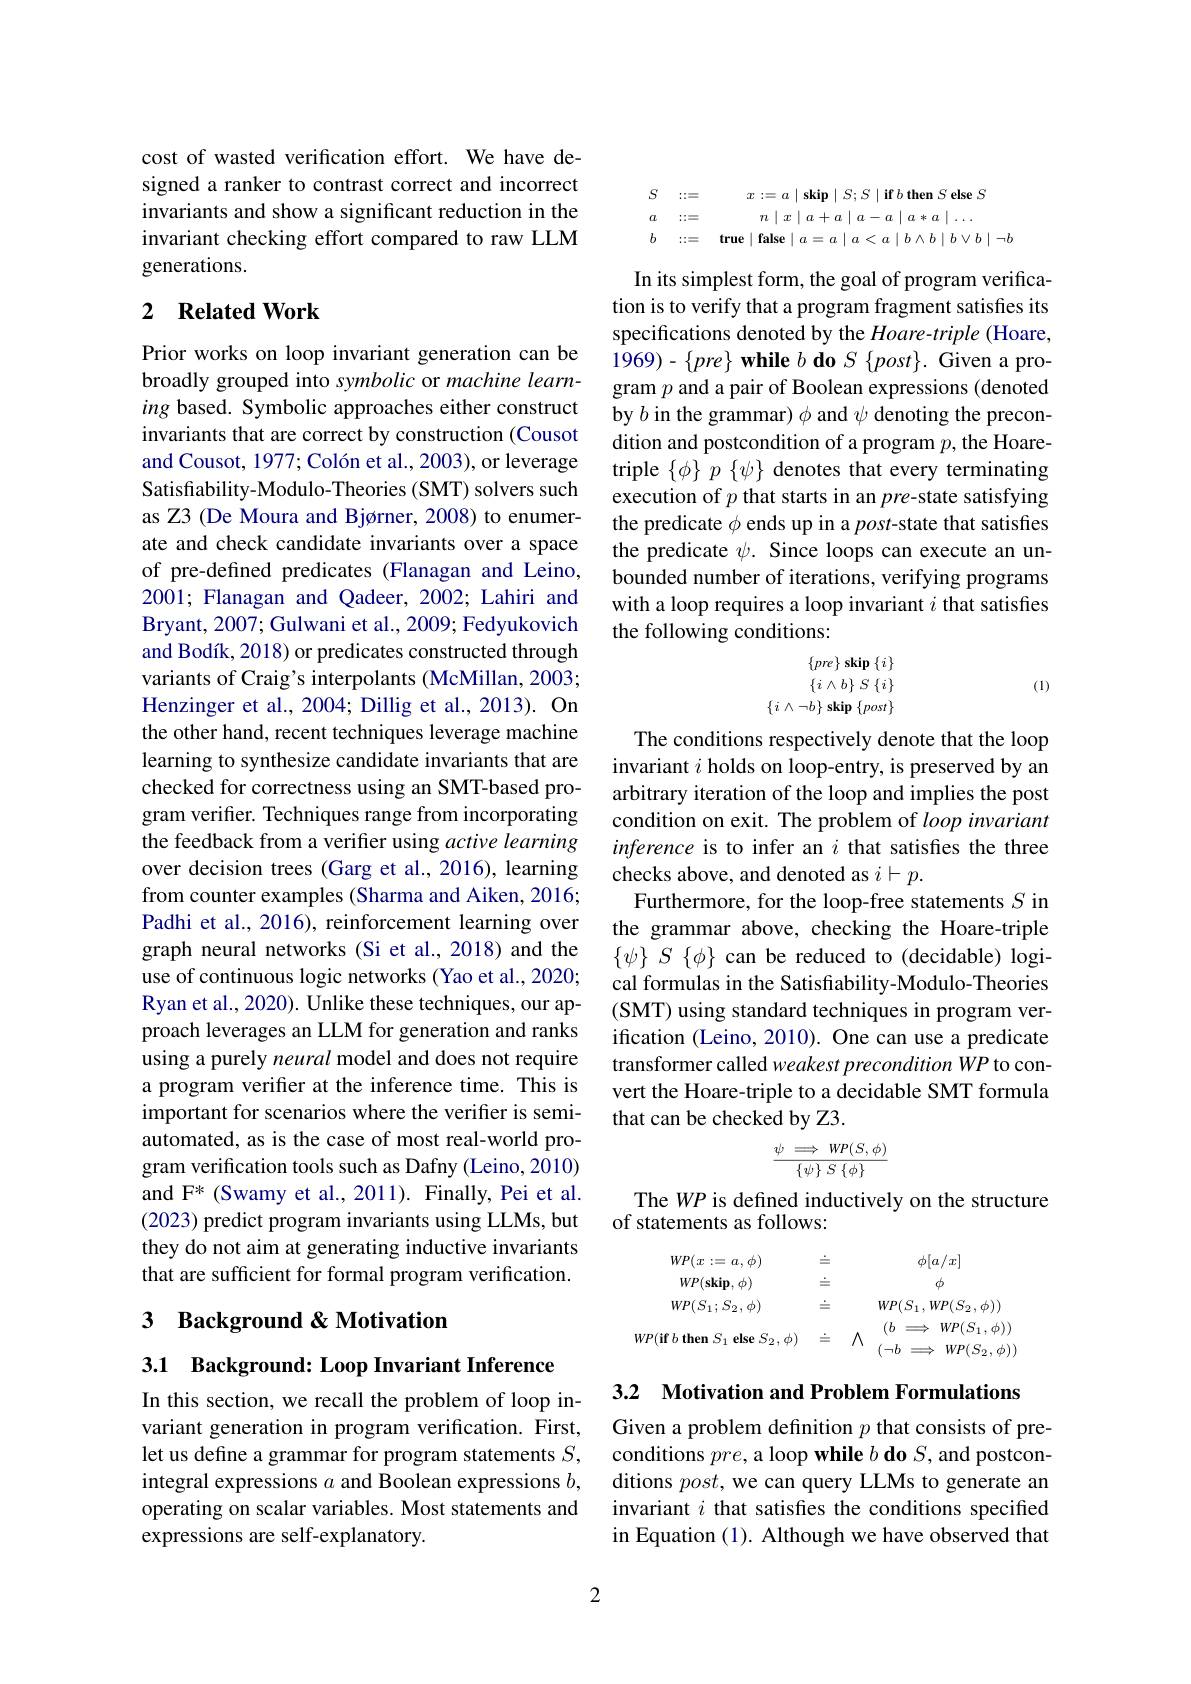
cost of wasted verification effort. We have designed a ranker to contrast correct and incorrect invariants and show a significant reduction in the invariant checking effort compared to raw LLM generations.

## 2 $\textbf{Related Work}$

Prior works on loop invariant generation can be broadly grouped into symbolic or machine learning based. Symbolic approaches either construct invariants that are correct by construction (Cousot and Cousot, 1977; Colón et al., 2003), or leverage Satisfiability-Modulo-Theories (SMT) solvers such as Z3 (De Moura and Bjørner, 2008) to enumerate and check candidate invariants over a space of pre-defined predicates (Flanagan and Leino, 2001; Flanagan and Qadeer, 2002; Lahiri and Bryant, 2007; Gulwani et al., 2009; Fedyukovich and Bodík, 2018) or predicates constructed through variants of Craig's interpolants (McMillan, 2003; Henzinger et al., 2004; Dillig et al., 2013). On the other hand, recent techniques leverage machine learning to synthesize candidate invariants that are checked for correctness using an SMT-based program verifer. Techniques range from incorporating the feedback from a verifer using active learning over decision trees (Garg et al., 2016), learning from counter examples (Sharma and Aiken, 2016; Padhi et al., 2016), reinforcement learning over graph neural networks (Si et al.,2018) and the use of continuous logic networks (Yao et al., 2020; Ryan et al., 2020). Unlike these techniques, our approach leverages an LLM for generation and ranks using a purely neural model and does not require a program verifier at the inference time. This is important for scenarios where the verifier is semiautomated, as is the case of most real-world program verification tools such as Dafny (Leino, 2010) and F* (Swamy et al., 2011). Finally, Pei et al. (2023) predict program invariants using LLMs, but they do not aim at generating inductive invariants that are sufficient for formal program verification.

3 Background &Motivation

3.1 Background: Loop Invariant Inference

In this section, we recall the problem of loop invariant generation in program verification. First, let us define a grammar for program statements $S$, integral expressions $a$ and Boolean expressions $b$, operating on scalar variables. Most statements and expressions are self-explanatory.

2
$$\begin{aligned}&\text{S}&&::=\quad x:=a\mid\textbf{skip}\mid S;S\mid\textbf{if}b\textbf{then}S\textbf{else}S\\&\text{a}&&::=\quad n\mid x\mid a+a\mid a-a\mid a*a\mid\ldots\\&\text{b}&&::=\quad\mathbf{true}\mid\mathbf{false}\mid a=a\mid a<a\mid b\wedge b\mid b\vee b\mid\neg b\end{aligned}$$
In its simplest form, the goal of program verification is to verify that a program fragment satisfies its specifications denoted by the Hoare-triple (Hoare, $1969) - \{ pre\} \textbf{while }b\textbf{do }S\{ post\} .$Given a program $p$ and a pair of Boolean expressions (denoted by $b$ in the grammar) $\phi$ and $\psi$ denoting the precondition and postcondition of a program $p$, the Hoaretriple $\{\phi\}p\left\{\psi\right\}$ denotes that every terminating execution of $p$ that starts in an pre-state satisfying the predicate $\phi$ ends up in a post-state that satisfies the predicate $\psi.$ Since loops can execute an unbounded number of iterations, verifying programs with a loop requires a loop invariant $i$ that satisfies the following conditions:
$$\begin{array}{rl}&\{pre\}\textbf{skip}\{i\}\\&\{i\wedge b\}\:S\:\{i\}\\\{i\wedge\neg b\}\textbf{skip}\:\{post\}\end{array}$$
(1)

The conditions respectively denote that the loop invariant $i$ holds on loop-entry, is preserved by an arbitrary iteration of the loop and implies the post condition on exit. The problem of $loop\textit{invariant}$ inference is to infer an $i$ that satisfies the three checks above, and denoted as $i\vdash p.$
Furthermore, for the loop-free statements $S$ in the grammar above, checking the Hoare-triple $\{\psi\}S\{\phi\}$ can be reduced to (decidable) logical formulas in the Satisfiability-Modulo-Theories (SMT) using standard techniques in program verification (Leino, 2010). One can use a predicate transformer called weakest precondition WP to convert the Hoare-triple to a decidable SMT formula that can be checked by Z3.
$$\frac{\psi\implies WP(S,\phi)}{\{\psi\}\:S\:\{\phi\}}$$
The $WP$ is defined inductively on the structure
of statements as follows:
$$\begin{aligned}WP(x:=a,\phi)&&\doteq&&\phi[a/x]\\WP(\mathbf{skip},\phi)&&\doteq&&\phi\\WP(S_{1};S_{2},\phi)&&\doteq&&WP(S_{1},WP(S_{2},\phi))\\VP(\mathbf{if}\:b\:\mathbf{then}\:S_{1}\:\mathbf{else}\:S_{2},\phi)&&\doteq&&\Lambda&&(b\implies WP(S_{1},\phi))\\&&&(\neg b\implies WP(S_{2},\phi))\end{aligned}$$
3.2 Motivation and Problem Formulations

Given a problem definition $p$ that consists of preconditions $pre$, a loop while $b\textbf{ do }S$, and postconditions $post$, we can query LLMs to generate an invariant $i$ that satisfies the conditions specified in Equation (1). Although we have observed that